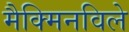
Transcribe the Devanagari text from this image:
मैक्मिनविले